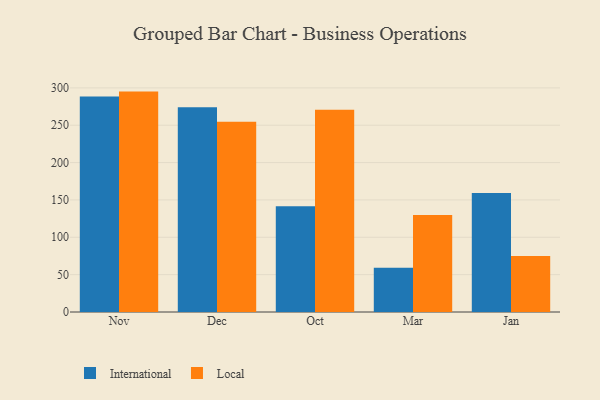
{"axis": {"x": "Month", "y": "Humidity (%)"}, "legend": ["International", "Local"], "data": [{"x": "Nov", "y": 288.5, "type": "International"}, {"x": "Nov", "y": 295.0, "type": "Local"}, {"x": "Dec", "y": 274.0, "type": "International"}, {"x": "Dec", "y": 254.7, "type": "Local"}, {"x": "Oct", "y": 141.5, "type": "International"}, {"x": "Oct", "y": 270.8, "type": "Local"}, {"x": "Mar", "y": 59.2, "type": "International"}, {"x": "Mar", "y": 129.9, "type": "Local"}, {"x": "Jan", "y": 159.3, "type": "International"}, {"x": "Jan", "y": 75.1, "type": "Local"}]}